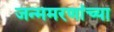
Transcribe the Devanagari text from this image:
जन्ममरणांच्या